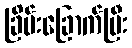
ခြိမ်းခြောက်ပြီး